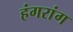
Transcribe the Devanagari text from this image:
हंगरांग